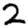
Digit: 2